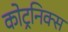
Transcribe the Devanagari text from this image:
कोट्रनिक्स